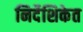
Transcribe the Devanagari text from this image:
निर्देशिकेत